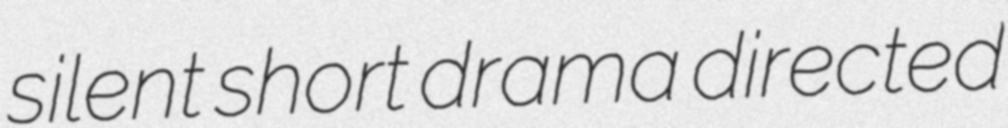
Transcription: silent short drama directed